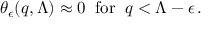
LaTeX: \theta _ { \epsilon } ( q , \Lambda ) \approx 0 \; \; \mathrm { f o r } \; \; q < \Lambda - \epsilon \, .